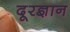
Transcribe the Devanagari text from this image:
दूरज्ञान